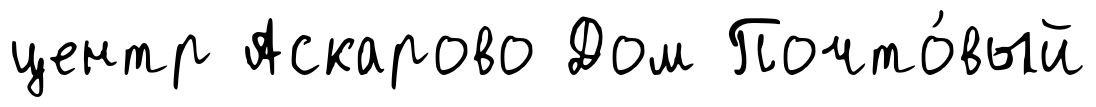
центр Аскарово Дом Почто́вый